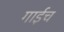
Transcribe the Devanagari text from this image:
गाईच